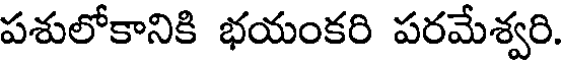
పశులోకానికి భయంకరి పరమేశ్వరి.